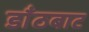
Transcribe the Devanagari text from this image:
डाँठबाट